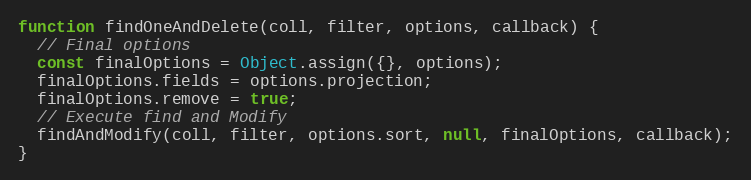
Language: JavaScript
function findOneAndDelete(coll, filter, options, callback) {
  // Final options
  const finalOptions = Object.assign({}, options);
  finalOptions.fields = options.projection;
  finalOptions.remove = true;
  // Execute find and Modify
  findAndModify(coll, filter, options.sort, null, finalOptions, callback);
}